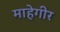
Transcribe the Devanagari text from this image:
माहेगीर